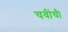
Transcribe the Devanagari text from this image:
चवींची